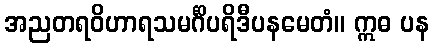
အညတရဝိဟာရသမင်္ဂိပရိဒီပနမေတံ။ ဣဓ ပန